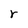
Character: r